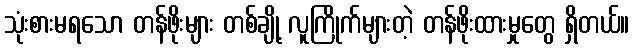
သုံးစားမရသော တန်ဖိုးများ တစ်ချို့ လူကြိုက်များတဲ့ တန်ဖိုးထားမှုတွေ ရှိတယ်။